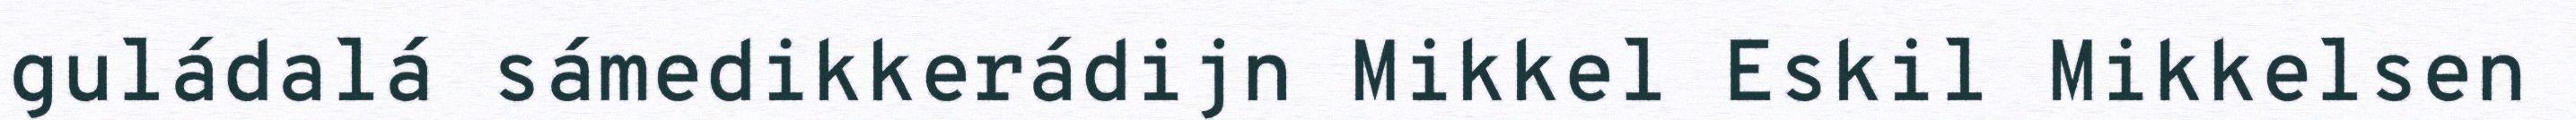
guládalá sámedikkerádijn Mikkel Eskil Mikkelsen